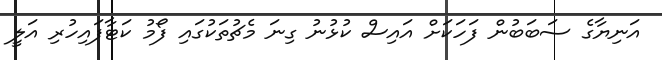
އަނިޔާގެ ސަބަބުން ފަހަކަށް އައިސް ކުޅުނު ގިނަ މެޗުތަކުގައި ފޯމު ކަޓާފައިހުރި އަލީ